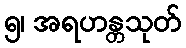
၅၊ အရဟန္တသုတ်